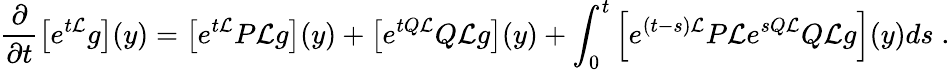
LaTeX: \frac{\partial}{\partial t}\left[e^{t{\cal L}}g\right](y)=\left[e^{t{\cal L}}P{\cal L}g\right](y)+\left[e^{tQ{\cal L}}Q{\cal L}g\right](y)+\int_{0}^{t}\left[e^{(t-s){\cal L}}P{\cal L}e^{sQ{\cal L}}Q{\cal L}g\right](y)ds\; .